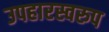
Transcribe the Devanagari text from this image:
उपहारस्वरुप